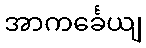
အာကင်္ခေယျ